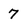
Character: 7